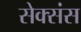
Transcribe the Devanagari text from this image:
सेक्संस